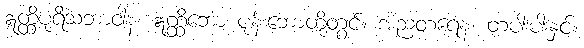
ဣတ္ထိပုရိသဘာဝါနံ၊ ဣတ္ထိဘော ပုန်းဘောတို့တွင်။ အညတရေန၊ တပါးပါးနှင့်။